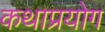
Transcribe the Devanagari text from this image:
कथाप्रयोग